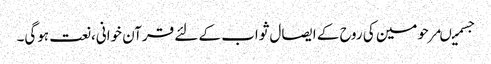
جسمیںمرحومین کی روح کے ایصال ثواب کے لئے قرآن خوانی،نعت ہوگی۔